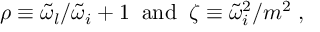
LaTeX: \rho \equiv { { \tilde { \omega } } _ { l } } / { { \tilde { \omega } } _ { i } } + 1 \; \; \mathrm { a n d } \; \; \zeta \equiv { { \tilde { \omega } } _ { i } ^ { 2 } } / { m ^ { 2 } } \; ,